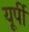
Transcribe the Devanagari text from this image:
यूर्पी